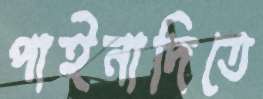
পাইনাদিতে